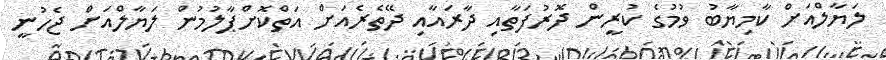
ލަޔާލްއަށް ކާމިޔާބު ވުމުގެ ކުރީން ދޮރުފަތާއި ދާރައާއި ދޭތެރެއަށް އަތްކޮށްޕާލުމުން ލަޔާލްއަށް ޖެހުނީ